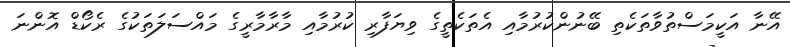
އޭނާ އަކީމަސްތުވާތަކެތި ބޭނުންކުރުމާއި އެތަކެތީގެ ވިޔަފާރި ކުރުމާއި މާރާމާރީގެ މައްސަލަތަކުގެ ރެކޯޑް އޮންނަ